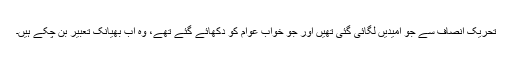
تحریک انصاف سے جو امیدیں لگائی گئی تھیں اور جو خواب عوام کو دکھائے گئے تھے، وہ اب بھیانک تعبیر بن چکے ہیں۔